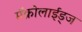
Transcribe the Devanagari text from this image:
मॅक्रोलाईड्ज